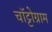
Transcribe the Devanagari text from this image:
चॉट्टोग्राम